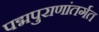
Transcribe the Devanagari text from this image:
पद्मपुराणांतर्गत